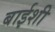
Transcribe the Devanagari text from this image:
बाईशी